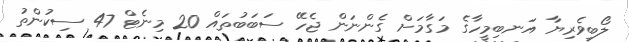
ލޯބިވެރިޔާ އަނބިމީހާގެ މަގާމަށް ގެންނަން ޖެހޭ ސަބަބުތައް 20 މިނެޓް 47 ސިކުންތު